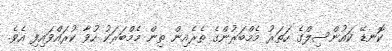
ކޮނޑޭ ކައުންސިލްގެ ހަތަރު މެމްބަރުންގެ ތެރެއިން ތިން މެމްބަރަކު ހުވާ ކުރައްވައިފި އެވެ.